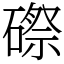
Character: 磜